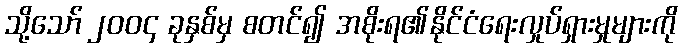
သို့သော် ၂၀၀၄ ခုနှစ်မှ စတင်၍ အစိုးရ၏နိုင်ငံရေးလှုပ်ရှားမှုများကို